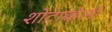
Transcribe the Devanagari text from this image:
शोटाव्हेली